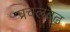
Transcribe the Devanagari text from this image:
प्रचलबढ़